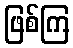
ဖြစ်ကြ